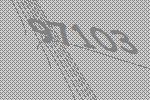
97103